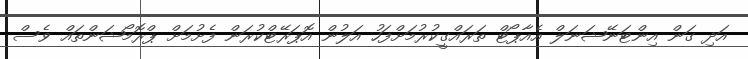
އަދި ގަން އިންޓަނޭޝަނަލް އެއާޕޯޓް ތަރައްގީކުރުމަށްފަހު އަލުން އޮޕަރޭޓްކުރަން ފެށުމަށް ޕްރޮމޯޝަންތައް ވެސް